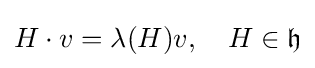
H\cdot v=\lambda (H)v,\quad H\in {\mathfrak {h}}